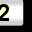
Digit: 2